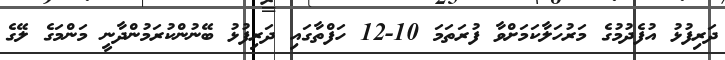
ދަރިފުޅު އުފެދުމުގެ މަރުހަލާކަމަށްވާ ފުރަތަމަ 10-12 ހަފްތާގައި ދަރިފުޅު ބޭނުންކުރަމުންދާނީ މަންމަގެ ލޭގެ